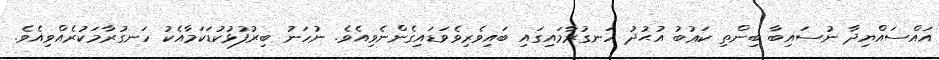
އައްސައްޔިދާ ނުސައިބާ ބިންތި ކަޢުބު އުޙުދު ހަނގުރާމައިގައި ބައިވެރިވެވަޑައިގެންނެވިއެވެ. ނުހަނު ބިރުފުޅުކުޑަކަމާއެކު ހަނގުރާމަކުރެއްވިއެވެ.